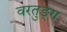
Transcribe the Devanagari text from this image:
वरतुङ्ग